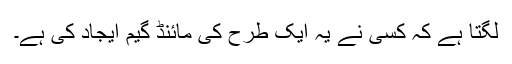
لگتا ہے کہ کسی نے یہ ایک طرح کی مائنڈ گیم ایجاد کی ہے۔